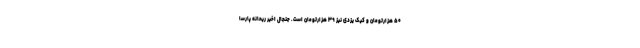
۵۰ هزارتومان و کیک یزدی نیز ۳۹ هزارتومان است. جنجال اخیر ریحانه پارسا